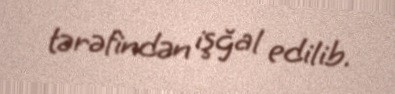
tərəfindən işğal edilib.